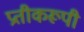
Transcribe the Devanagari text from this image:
प्रतीकरूपी